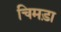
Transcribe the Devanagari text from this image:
चिमड़ा